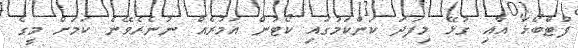
ފުޓްބޯޅަ އާއި ގުޅޭ މިފަދަ ކަންކަމުގައި ކޯޓުން އަމުރެއް ނުނެރެވޭނެ ކަމަށް މީގެ